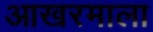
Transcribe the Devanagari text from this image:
आखरमाला